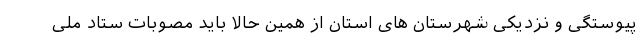
پیوستگی و نزدیکی شهرستان های استان از همین حالا باید مصوبات ستاد ملی